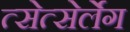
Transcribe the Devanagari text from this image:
त्सेत्सेर्लेग